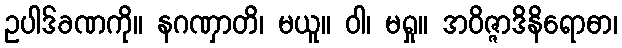
ဥပါဒ်ခဏကို။ နဂဏှာတိ၊ မယူ။ ဝါ၊ မရှု။ အဝိဇ္ဇာဒိနိရောဓာ၊